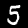
Label: 5